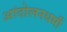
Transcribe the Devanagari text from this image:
आंदोलनधर्मी